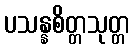
ပသန္နစိတ္တသုတ္တ